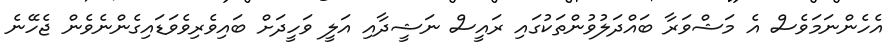
އެހެންނަމަވެސް އެ މަޝްވަރާ ބައްދަލުވުންތަކުގައި ރައީސް ނަޝީދާއި އަލީ ވަހީދަށް ބައިވެރިވެވަޑައިގެންނެވެން ޖެހޭނެ